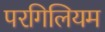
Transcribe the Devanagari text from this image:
परगिलियम